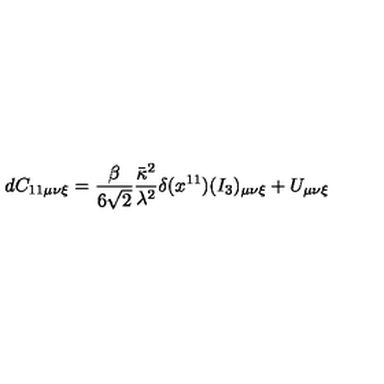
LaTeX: d C _ { 1 1 \mu \nu \xi } = \frac { \beta } { 6 \sqrt { 2 } } \frac { \bar { \kappa } ^ { 2 } } { \lambda ^ { 2 } } \delta ( x ^ { 1 1 } ) ( I _ { 3 } ) _ { \mu \nu \xi } + U _ { \mu \nu \xi }